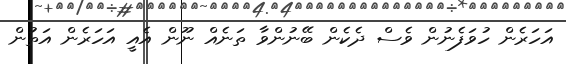
އަހަރެން ހުވަފެނުން ވެސް ދެކެން ބޭނުންވާ ތަނެއް ނޫން އެއީ އަހަރެން އަތުން